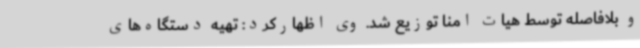
و بلافاصله توسط هیات امنا توزیع شد. وی اظهارکرد: تهیه دستگاه‌های